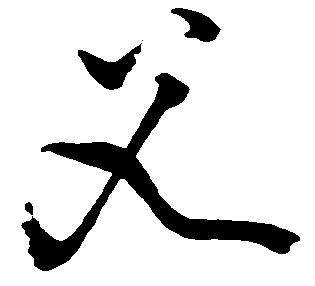
父